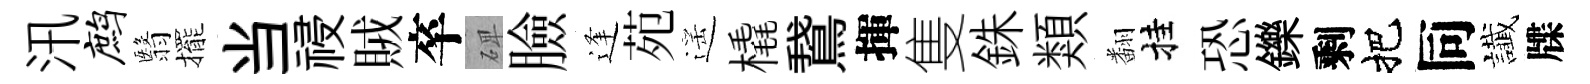
汛鹧翳擺当祲賊卒𥓓臉逢苑遥橇鵞揮隻銖類翻挂恐鑠剩把同䜟牒